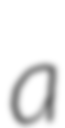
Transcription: a